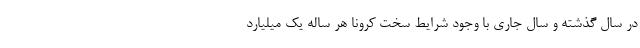
در سال گذشته و سال جاری با وجود شرایط سخت کرونا هر ساله یک میلیارد